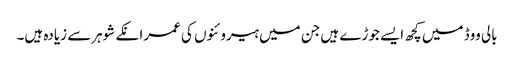
بالی ووڈ میں کچھ ایسے جوڑے ہیں جن میں ہیروئنوں کی عمرانکے شوہرسے زیادہ ہیں۔